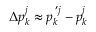
\Delta p _ { k } ^ { j } \approx p _ { k } ^ { \, ^ { \prime } j } - p _ { k } ^ { j }